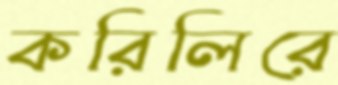
করিলিরে